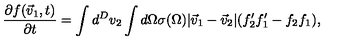
{ \frac { \partial f ( \vec { v } _ { 1 } , t ) } { \partial t } } = \int d ^ { D } v _ { 2 } \int d \Omega \sigma ( \Omega ) | \vec { v } _ { 1 } - \vec { v } _ { 2 } | ( f _ { 2 } ^ { \prime } f _ { 1 } ^ { \prime } - f _ { 2 } f _ { 1 } ) ,